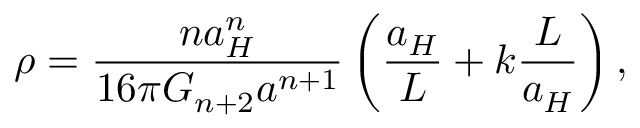
\rho = { \frac { n a _ { H } ^ { n } } { 1 6 \pi G _ { n + 2 } a ^ { n + 1 } } } \left( { \frac { a _ { H } } { L } } + k { \frac { L } { a _ { H } } } \right) ,